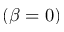
( \beta = 0 )